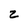
Character: z